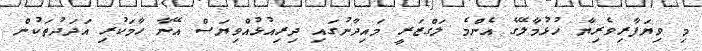
މި ވިޔަފާރިވެރިޔާ ހުޅުމާލޭގެ އެންމެ ލަގްޒަރީ މައިދާނުގައި ދިރިއުޅުއްވިޔަސް އޭނާ ހާމަކުރި އަދަދުތަކުން